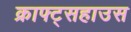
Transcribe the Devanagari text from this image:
क्राफ्ट्सहाउस